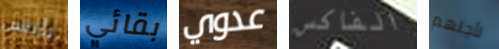
بأناس بقائي عدوي الفاكس لأجلهم